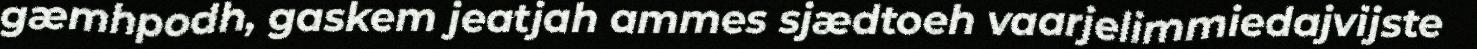
gæmhpodh, gaskem jeatjah ammes sjædtoeh vaarjelimmiedajvijste